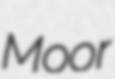
Moor